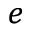
_ e